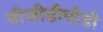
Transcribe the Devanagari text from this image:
पीजीडीपीडी